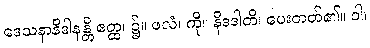
ဒေသနာနိဒါနန္တိ ဧတ္ထ၊ ၌။ ဖလံ၊ ကို။ နိဒဒါတိ၊ ပေးတတ်၏။ ဝါ၊